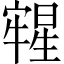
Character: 𣋀